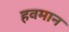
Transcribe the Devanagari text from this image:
हवमान